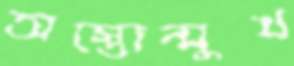
অস্তোন্মুখ